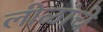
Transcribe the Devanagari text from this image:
लीळांचे